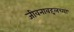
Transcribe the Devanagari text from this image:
जीवनाबद्दलच्या